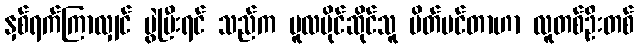
နှစ်ရက်ကြာလျှင် ပွဲပြီးရင် သည်က မူလပိုင်ဆိုင်သူ ပိတ်ပင်တာဟာ လူတစ်ဦးတစ်